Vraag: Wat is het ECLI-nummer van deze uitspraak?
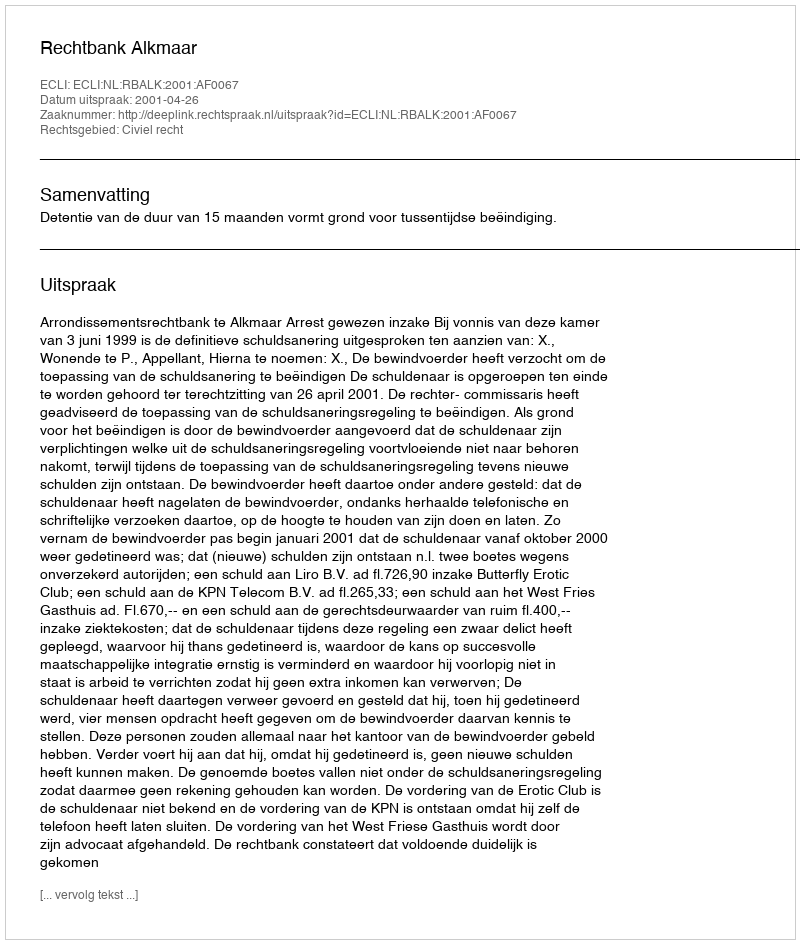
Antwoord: ECLI:NL:RBALK:2001:AF0067